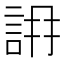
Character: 𧧛